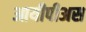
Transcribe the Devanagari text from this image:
आयीपीअस